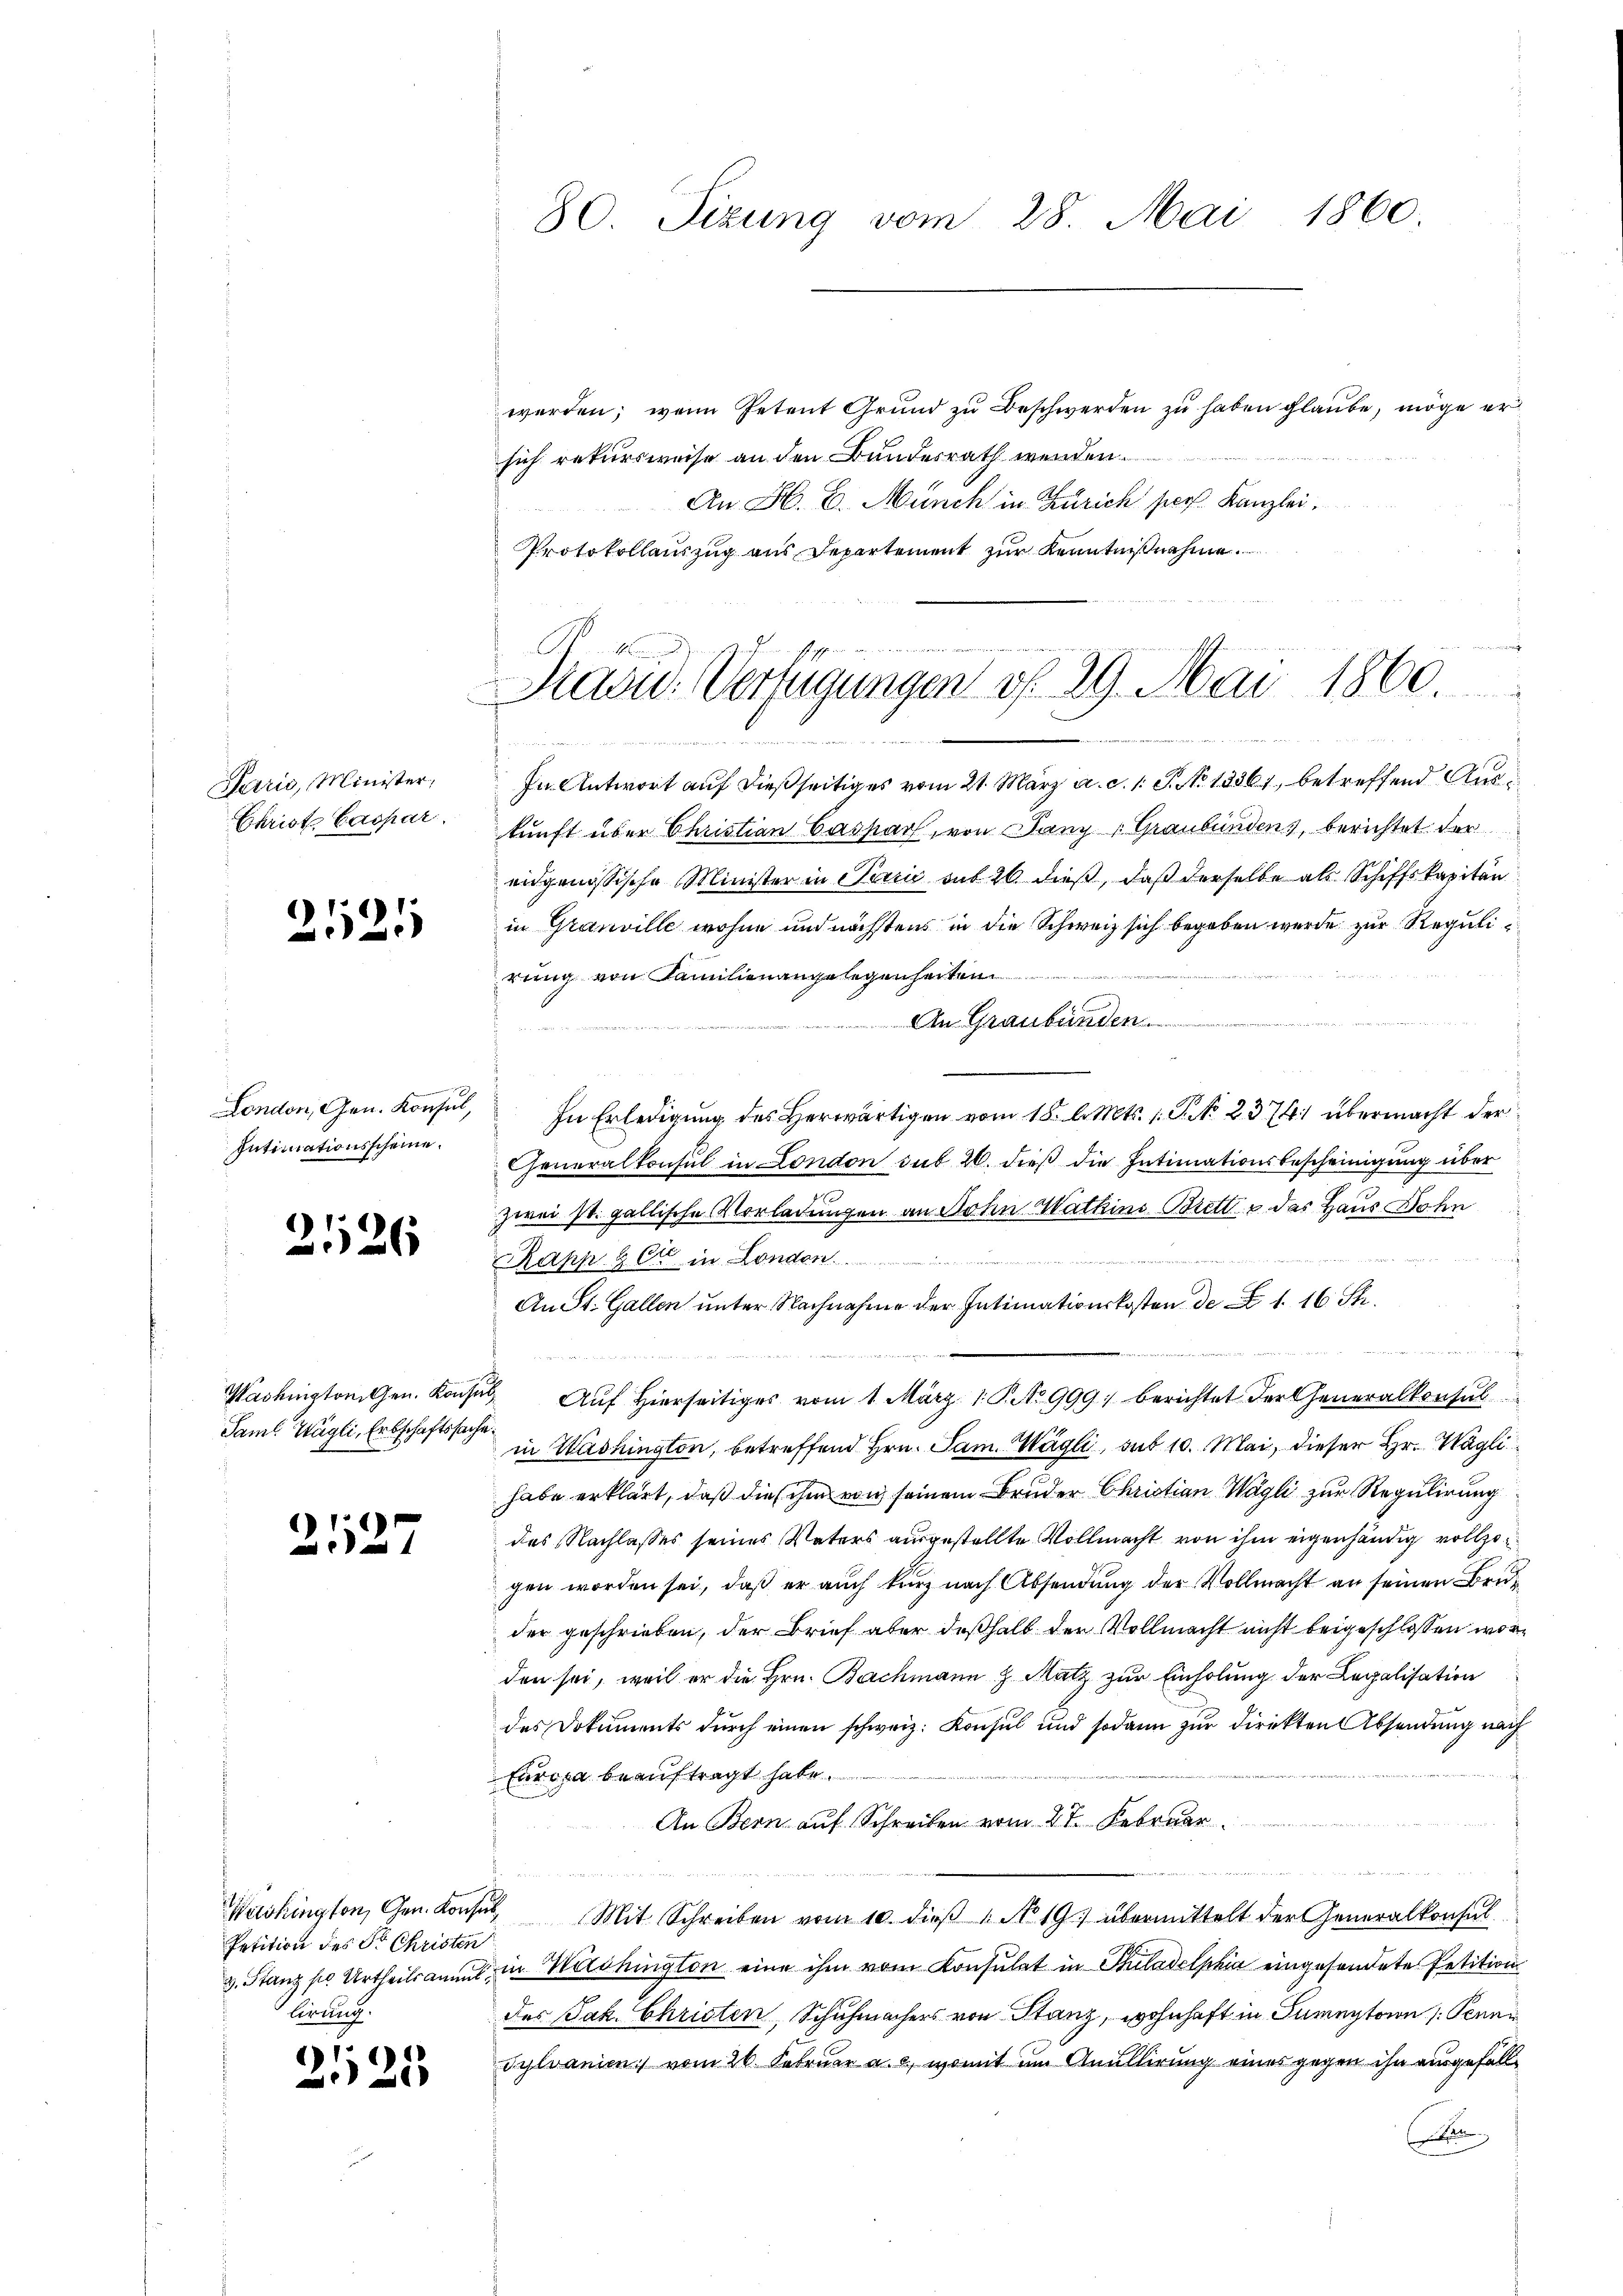
Parić, Minister,
Christ Caspar

2121

London, Gen. Konsul,
Intimationsscheine.

)
26

Washingtonien. Konse
Saml Wägli, Erbschaftssache

2127

Wishington, Gen. Konsu
Petition des Sr. Christen
2. Stanz so Urtheils anmitlirung.

e
n

8
25

werden; wenn Petent Grund zu Beschwerden zu haben glaube, möge er
sich rekursweise an den Bundesrath werden.
An H. E. Münch in Zürich pers Kanzlei,
Protokollauszug aus Departement zur Kenntnißnahme

80 Sizung vom 28. Mai 1860.

David. Verfügungen d. 29. Mai 1860.
ndenden die

In Antwort auf dießseitiges vom 21. März a. c. 1. P. No 13361, betreffend Auskunft über Christian Bassach, von Stany Graubündens, berichtet der
eidgenössische Minister in Perić auf 26 dieß, daß derselbe als Schiffskapitän
in Granville wohne und nächstens in die Schweiz sich begeben werde zur Regulirung von Familienangelegenheiten
An Graubünden

In Erledigung des Herwärtigen vom 18. l. Mts. 1. P. No. 2374 übermacht der
Generalkonsul in London sub 20. dieß die Intimationsbescheinigung über
zwei st. gallische Vorladungen an Sohn Mathins Brett u. das Haus Sohn
Rapp & Cie in London
An St. Gallen unter Nachnahme der Intimationskosten de Z. 1. 16 S.

Auf Hierseitiges vom 1. März 1. P. No 999, berichtet der Generalkonsul
in Washington, betreffend Hrn. Sam. Wägli, sub 10. Mai, dieser Hr. Wägli
habe erklärt, daß dies ihm von seinem Bruder Christian Wagli zur Regulirung
des Nachlasses seines Vaters ausgestellte Vollmacht von ihm eigenhändig vollzogen worden sei, daß er auch kurz nach Absendung der Vollmacht an seinen Bruder geschrieben, der Brief aber deßhalb der Vollmacht nicht beigeschlossen worden sei, weil er die Hrn. Bachmann & Matz zur Einholung der Legalisation
des Dokuments durch einen schweiz. Konsul und sodann zur Direkten Absendung nach
Europa beauftragt habe.
An Bern auf Schreiben vom 27. Februar
u
Mit Schreiben vom 10. dieß 1 No 19. übermittelt der Generalkonsul
in Washington eine ihm vom Konsulat in Philadelphia eingesandete Petitions
des Jak. Christen, Schuhmachers von Stanz, wohnhaft in Sumentaion : Penn¬
Sylvanien vom 26. Februar a. c., womit im Anullirung eines gegen ihn eingefalln